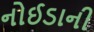
નોઈડાની